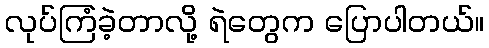
လုပ်ကြံခဲ့တာလို့ ရဲတွေက ပြောပါတယ်။